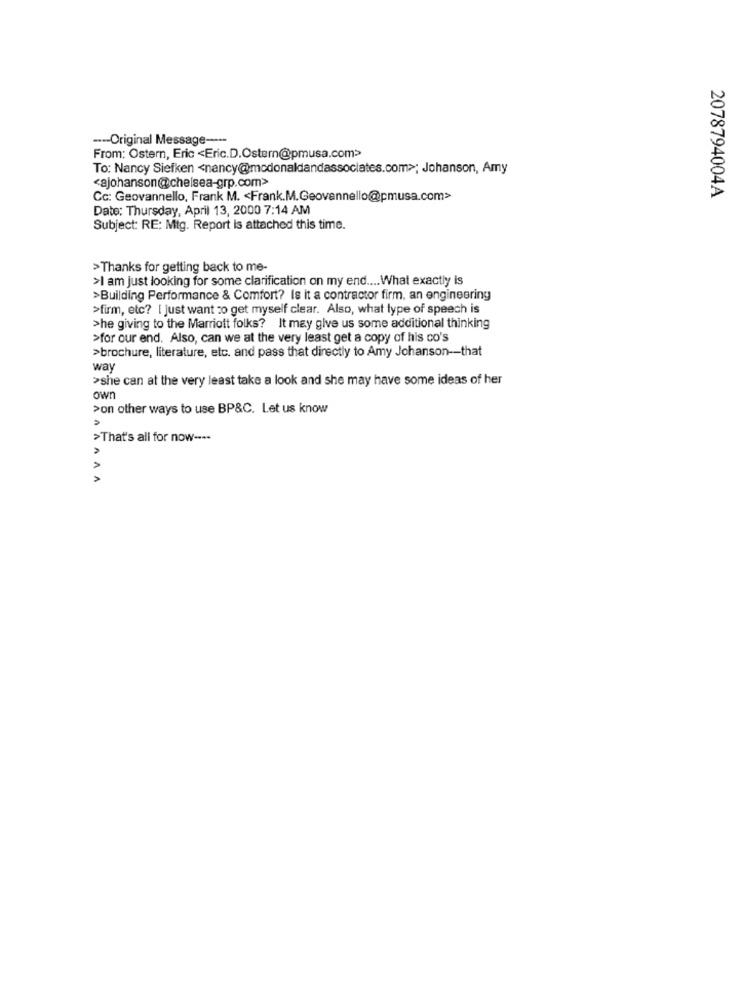
--- Original Message ----
From: Ostern, Eric <Eric.D.Ostern@pmusa.com>
To: Nancy Siefken <nancy@modonaldandassociates.com>; Johanson, Amy
<ajohanson@chelsea-grp.com>
Cc: Geovannello, Frank M. < Frank.M.Geovennello@pmusa.com>
2078794004A
Date: Thursday, April 13, 2000 7:14 AM
Subject: RE: Mtg. Report is attached this time.
>Thanks for getting back to me-
>I am just looking for some clarification on my end .... What exactly is
>Building Performance & Comfort? Is it a contractor firm, an engineering
>firm, etc? [ just want to get myself clear. Also, what type of speech is
>he giving to the Marriott folks? It may give us some additional thinking
>for our end. Also, can we at the very least get a copy of his co's
>brochure, literature, etc. and pass that directly to Amy Johanson -- that
way
>she can at the very least take a look and she may have some ideas of her
own
>on other ways to use BP&C. Let us know
>That's all for now ----
AAA